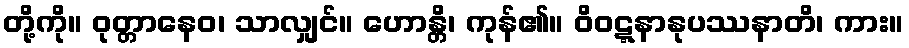
တို့ကို။ ဝုတ္တာနေဝ၊ သာလျှင်။ ဟောန္တိ၊ ကုန်၏။ ဝိဝဋ္ဋနာနုပဿနာတိ၊ ကား။